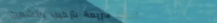
خدمات سريعة لتركيب وتشغيل